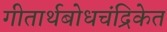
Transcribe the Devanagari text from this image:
गीतार्थबोधचंद्रिकेत